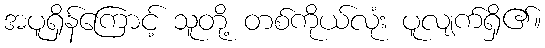
အပူရှိန်ကြောင့် သူတို့ တစ်ကိုယ်လုံး ပူလျက်ရှိ၏။